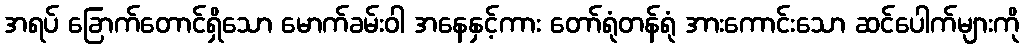
အရပ် ခြောက်တောင်ရှိသော မောက်ခမ်းဝါ အနေနှင့်ကား တော်ရုံတန်ရုံ အားကောင်းသော ဆင်ပေါက်များကို